Medical and sanitary report of the native army of Bengal for the year
Year: 1877
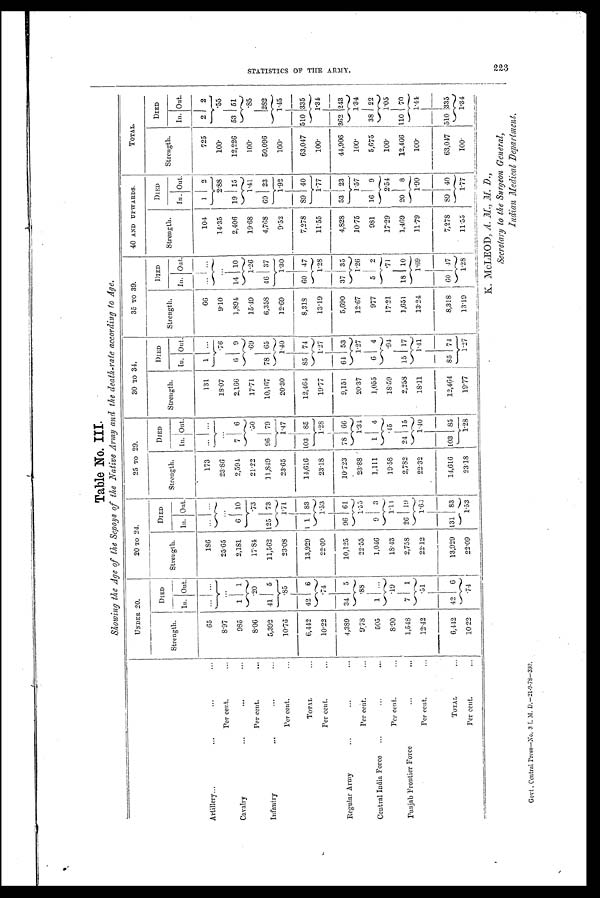
Table No, III.
Showing the Age of the Sepoys of the Native Army and the death-rate according to Age.
UNDER. 20.
20 TO 24.
25 TO 29.
30 TO 34.
35 TO 39.
40 AND UPWARDS.
TOTAL.
Strength.
DIED
Strength.
DIED
Strength.
DIED
Strength.
DIED
Strength.
DIED
Strength.
DIED
Strength.
DIED
In. Out.
In. Out.
In. Out.
In. Out.
In. Out.
In. Out.
In. Out.
Artillery...
...
...
...
65 ... . . .
186 ... ...
173 ... ...
131
1 ...
66
. . . ...
104
1 2
725
2 2
Per cent.
...
8 . 9 7
. . .
25.65
. . .
23.86
. . .
18.07
.76
9.10
...
14.35
2.88
100.
.55
Cavalry
...
. . .
. . .
985
1
1
2,181
6 10
2,594 7 6
2,166
6 9
1,894 14 10
2,406 19 15
12,226 53 51
Per cent.
. . .
8.06
. 2 0
17.84
. 7 3
21.22
. 5 0
17.71
. 6 9
15.49
1.26
19.68
1.41
100.
. 8 5
Infantry
. . .
. . .
. . .
5,392 41 5
11,562 125 73
11,849
96
7 9
10,167 78 65
6,358 46
3 7
4,768 69 23
50,096
282
Per cent..
10.76
. 8 5
23.08
1.71
23.65
1.47
20.30
1.40
12.09
1.30
9.52
1.92
100.
1.45
TOTAL
6 , 4 4 2 42 6
13,929 11 83
14,616 103 85
12,464 85 74
8,318 60 47
7,278 89 40
63,047 510 335
Per cent..
10.22
. 7 4
22.09
1.53
23.18
1.28
19.77
1.27
13.19
1.28
11.55
1.77
100.
1 . 3 4
Regular Army
...
...
...
4,389 34 5
10,125 96 61
10.723
78 66
9,151 64 53
5,690 37 35
4,828 53 23
44,906 362 243
Per cent.
9.78
. 8 8
22.55
1.55
23.88
1.3 4
20.37
1.27
12.67
1.26
10.75
1.57
100.
1.34
Central India Force ...
. ..
...
505
1 ...
1,046
9
3
1,111
1
4
1,055
6 4
977 5 2
981 16 9
5,675 38 22
Per cent..
8.90
. 1 9
18.43
1.14
19.58
. 4 5 18.59
.94
17.21
. 7 1
17.29
2.54
100.
1 . 0 5
Punjab Frontier Force
. . .
1,548 7 1
2,758 26 19
2,782 24 15
2,258 15 17
1,651 18 10
1,469 20
8
12,466 110 70
Per cent..
12.42
. 5 1
22.12
1.63
22.32
1.40
18.11
1.41
13.24
1.69
11.79
1.90
100.
1.4 4
TOTAL
6,442 42 6
13,929 131 83
14,616 103 85
12,464 85 74
8,318 60 47
7,278 89 40
63,047 510 335
Per cent.
10.22
. 7 4
2 2 . 0 9
1.53
23,18
1.28
19.77
1.27
13.19
1.28
11.55
1.77
100.
1.34
K. McLEOD, A. M.,
Indian Medical Department.
Govt. Central Press—No, 3 I. M. D.—21-9-78—330
STATISTICS OF THE ARMY. 223